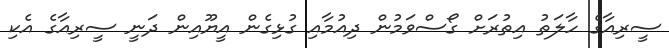
ސީރިއާގެ ހާލަތު އިތުރަށް ގޯސްވަމުން ދިއުމާއި ގުޅިގެން އީޔޫއިން ދަނީ ސީރިއާގެ އެކި